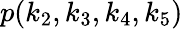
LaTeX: p(k_{2},k_{3},k_{4},k_{5})